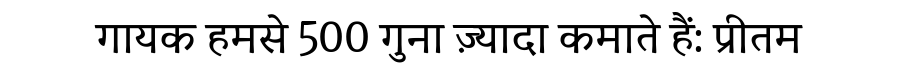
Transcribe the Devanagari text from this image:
गायक हमसे 500 गुना ज़्यादा कमाते हैं: प्रीतम